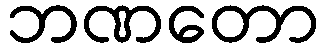
ဘဏတော